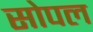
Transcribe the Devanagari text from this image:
सोपल